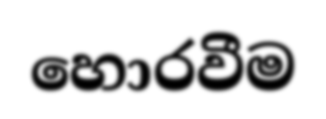
හොරවීම